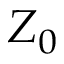
Z _ { 0 }